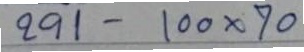
291 - 100x70